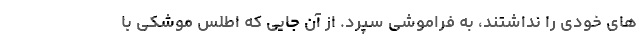
های خودی را نداشتند، به فراموشی سپرد. از آن جایی که اطلس موشکی با